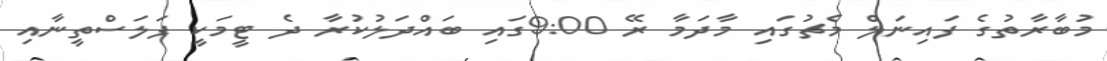
މުބާރާތުގެ ފައިނަލް މެޗުގައި މާދަމާ ރޭ 9:00ގައި ބައްދަލުކުރާ ދެ ޓީމަކީ ފަލަސްތީނާއި